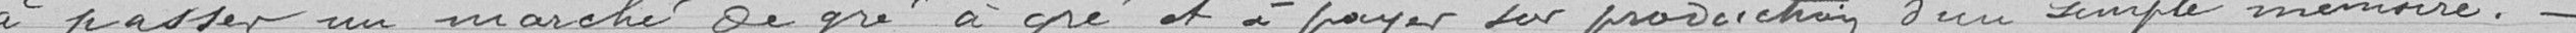
à passer un marché de gré à gré et à payer sur production d'un simple mémoire.